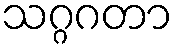
သဂ္ဂဂတာ